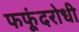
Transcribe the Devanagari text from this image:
फफूंदरोधी